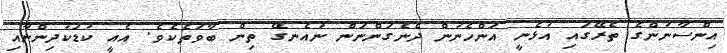
އިންސާނުންގެ ތެރޭގައި އުޅެނީ އަންހެނުން ދެނެގަންނަން ނުއެނގޭ ތިން ބާވަތެކެވެ. އެއީ ކުޑަކުދިންނާއި